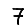
Digit: 7